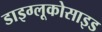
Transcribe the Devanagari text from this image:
डाइग्लूकोसाइड